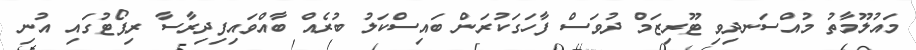
މައުލޫމާތު މުއްސަނދިވި ޓޫރިޒަމް ދުވަސް ފާހަގަކުރަން ބައިސްކަލު ބުރެއް ބާއްވައިފިދިރާސާ ރިޕޯޓުގައި އުނި